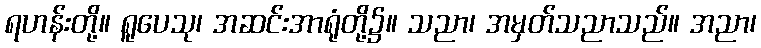
ရဟန်းတို့။ ရူပေသု၊ အဆင်းအာရုံတို့၌။ သညာ၊ အမှတ်သညာသည်။ အညာ၊